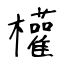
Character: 權